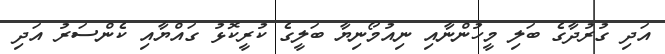
އަދި ގުރުދާގެ ބަލި މީހުންނާއި ނިއުމޯނިޔާ ބަލީގެ ކުރީކޮޅު ގައްޔާއި ކެންސަރު އަދި